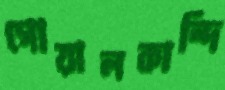
গোয়ালকান্দি